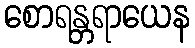
စောရန္တရာယေန